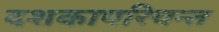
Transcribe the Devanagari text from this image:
दशकापरियन्त